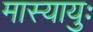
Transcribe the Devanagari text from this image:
मास्यायुः